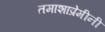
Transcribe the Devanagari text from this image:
तमाशाप्रेमीनी